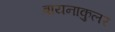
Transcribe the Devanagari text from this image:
बायनाकुलर